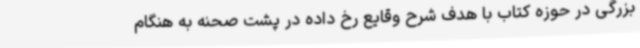
بزرگی در حوزه کتاب با هدف شرح وقایع رخ داده در پشت صحنه به هنگام